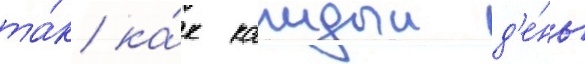
та́к ка́к каждыи д'е́нь